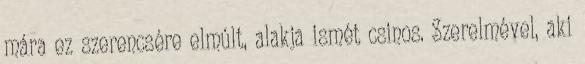
mára ez szerencsére elmúlt, alakja ismét csinos. Szerelmével, aki